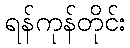
ရန်ကုန်တိုင်း